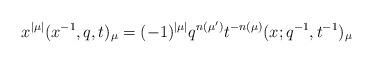
LaTeX: \begin{align*}x^{|\mu|} (x^{-1}, q, t)_\mu = (-1)^{|\mu|} q^{n(\mu')} t^{-n(\mu)} (x;q^{-1}, t^{-1})_{\mu}\end{align*}